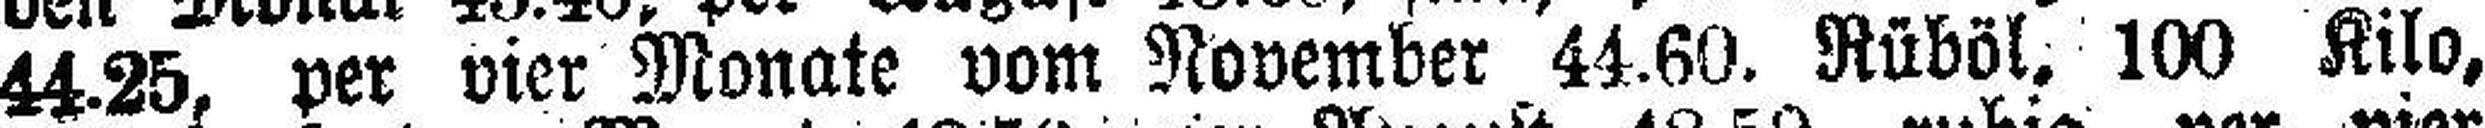
44.25, per vier Monate vom November 44.60. Rüböl, 100 Kilo,